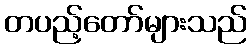
တပည့်တော်များသည်